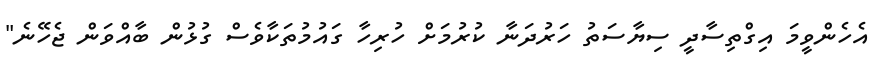
އެހެންވީމަ އިގްތިސާދީ ސިޔާސަތު ހަރުދަނާ ކުރުމަށް ހުރިހާ ގައުމުތަކާވެސް ގުޅުން ބާއްވަން ޖެހޭނެ"